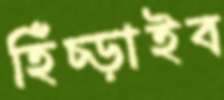
হিঁচ্‌ড়াইব